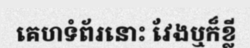
គេហទំព័រនោះ វែងឬក៏ខ្លី